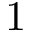
1